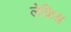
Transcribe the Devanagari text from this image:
लेकिन्न